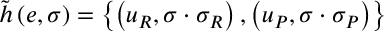
\tilde { h } \left( e , \sigma \right) = \left\{ \left( u _ { R } , \sigma \cdot \sigma _ { R } \right) , \left( u _ { P } , \sigma \cdot \sigma _ { P } \right) \right\}